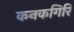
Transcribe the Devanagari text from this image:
कनकगिरि